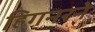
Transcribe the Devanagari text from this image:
हिगनरने